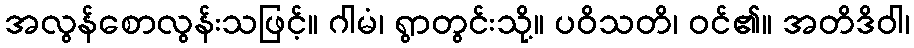
အလွန်စောလွန်းသဖြင့်။ ဂါမံ၊ ရွာတွင်းသို့။ ပဝိသတိ၊ ဝင်၏။ အတိဒိဝါ၊